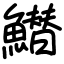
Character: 䲋